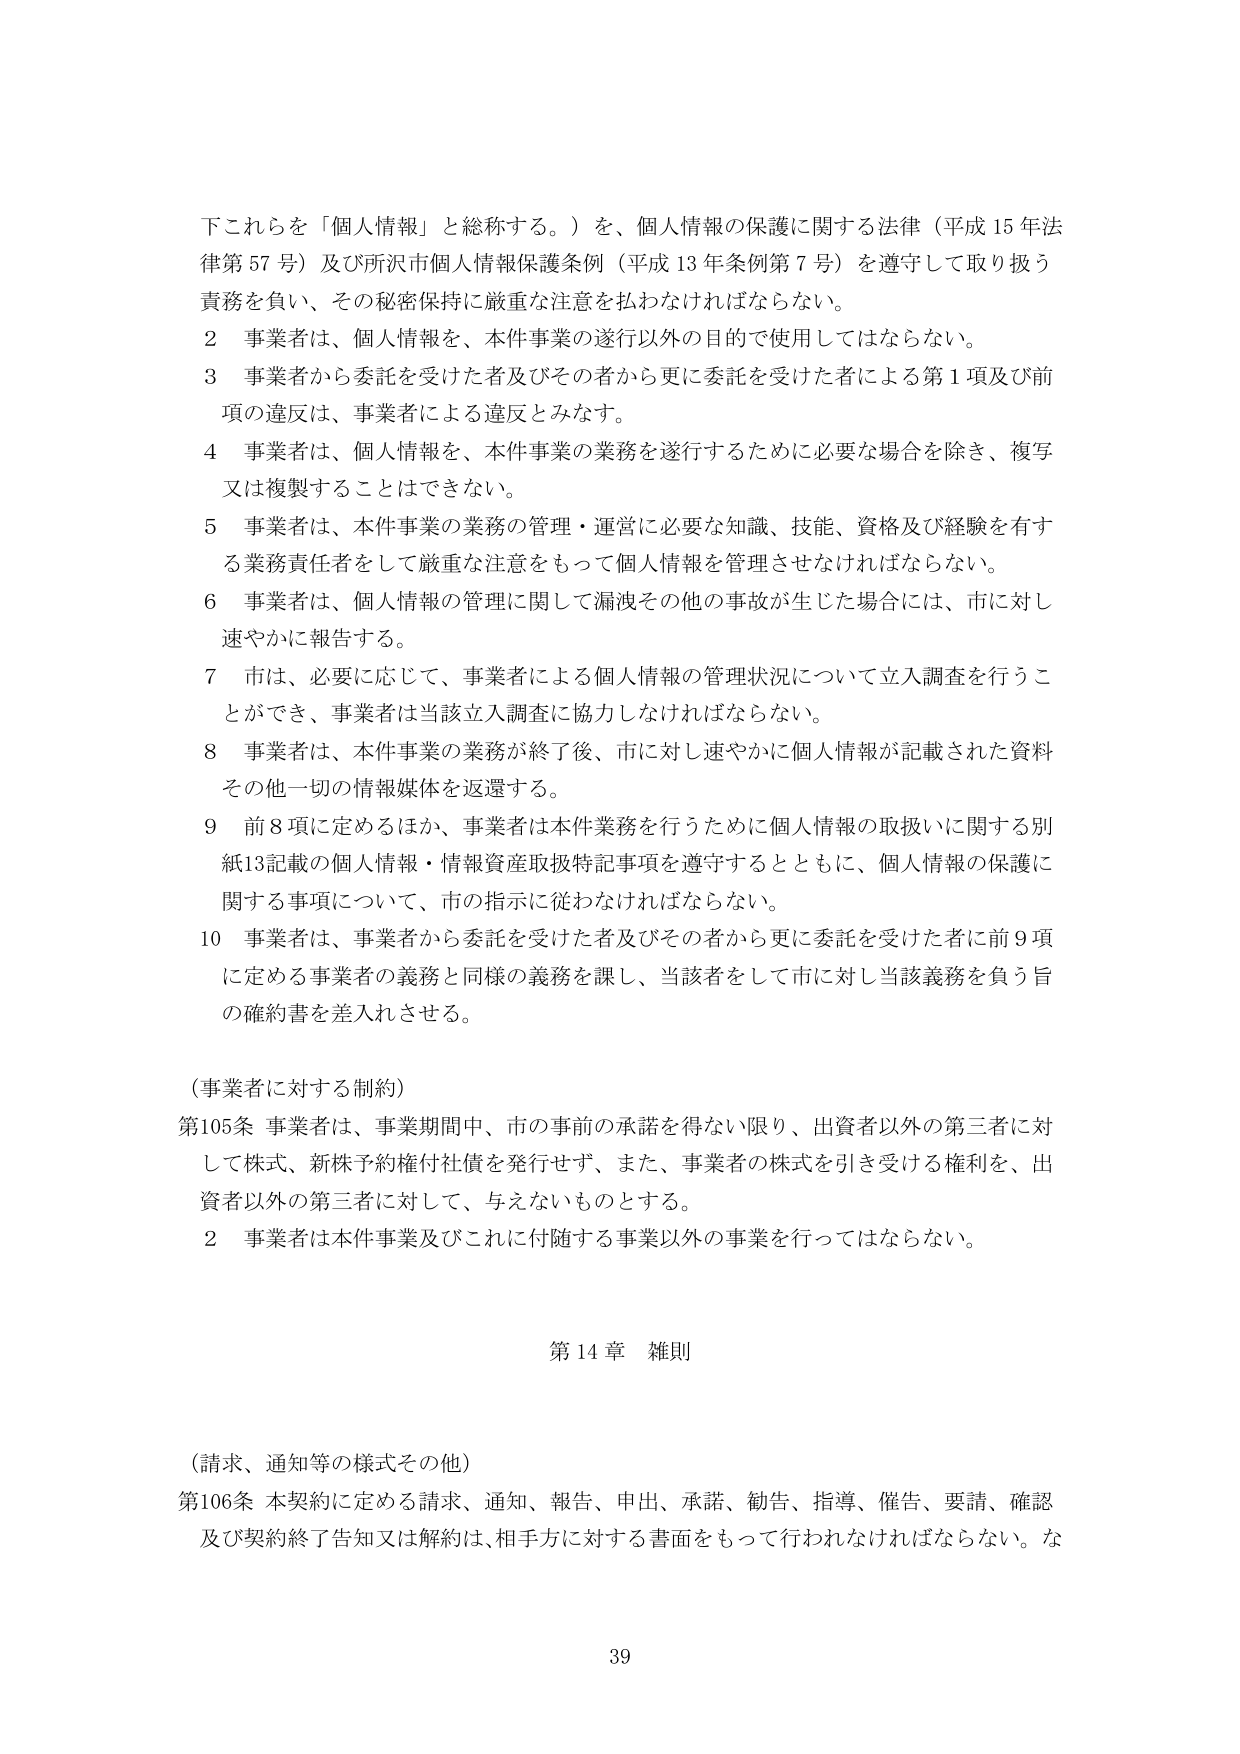
下これらを「個人情報」と総称する。）を、個人情報の保護に関する法律（平成15年法律第57号）及び所沢市個人情報保護条例（平成13年条例第7号）を遵守して取り扱う責務を負い、その秘密保持に厳重な注意を払わなければならない。

2 事業者は、個人情報を、本件事業の遂行以外の目的で使用してはならない。

3 事業者から委託を受けた者及びその者から更に委託を受けた者による第1項及び前項の違反は、事業者による違反とみなす。

4 事業者は、個人情報を、本件事業の業務を遂行するために必要な場合を除き、複写又は複製することはできない。

5 事業者は、本件事業の業務の管理・運営に必要な知識、技能、資格及び経験を有する業務責任者をして厳重な注意をもって個人情報を管理させなければならない。

6 事業者は、個人情報の管理に関して漏洩その他の事故が生じた場合には、市に対し速やかに報告する。

7 市は、必要に応じて、事業者による個人情報の管理状況について立入調査を行うことができ、事業者は当該立入調査に協力しなければならない。

8 事業者は、本件事業の業務が終了後、市に対し速やかに個人情報が記載された資料その他一切の情報媒体を返還する。

9 前8項に定めるほか、事業者は本件業務を行うために個人情報の取扱いに関する別紙13記載の個人情報・情報資産取扱特記事項を遵守するとともに、個人情報の保護に関する事項について、市の指示に従わなければならない。

10 事業者は、事業者から委託を受けた者及びその者から更に委託を受けた者に前9項に定める事業者の義務と同様の義務を課し、当該者をして市に対し当該義務を負う旨の確約書を差入れさせる。

（事業者に対する制約）

第105条 事業者は、事業期間中、市の事前の承諾を得ない限り、出資者以外の第三者に対して株式、新株予約権付社債を発行せず、また、事業者の株式を引き受ける権利を、出資者以外の第三者に対して、与えないものとする。

2 事業者は本件事業及びこれに付随する事業以外の事業を行ってはならない。

第14章 雑則

（請求、通知等の様式その他）

第106条 本契約に定める請求、通知、報告、申出、承諾、勧告、指導、催告、要請、確認及び契約終了告知又は解約は、相手方に対する書面をもって行われなければならない。な

39